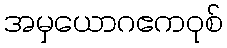
အမှယောဂဧကဝုစ်